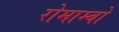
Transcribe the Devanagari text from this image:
रोमाम्बो